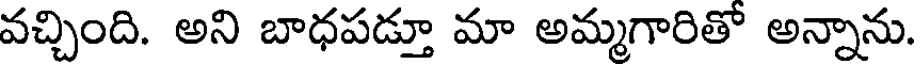
వచ్చింది. అని బాధపడ్తూ మా అమ్మగారితో అన్నాను.